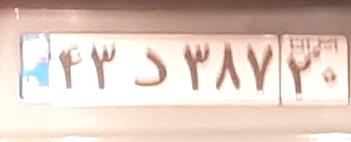
۴۳د۳۸۷۲۰